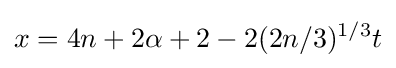
x=4n+2\alpha +2-2(2n/3)^{1/3}t